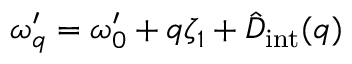
\omega _ { q } ^ { \prime } = \omega _ { 0 } ^ { \prime } + q \zeta _ { 1 } + \hat { D } _ { \mathrm { i n t } } ( q )